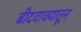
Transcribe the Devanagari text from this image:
ब्रीदवाक्यातून